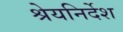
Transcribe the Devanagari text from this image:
श्रेयनिर्देश